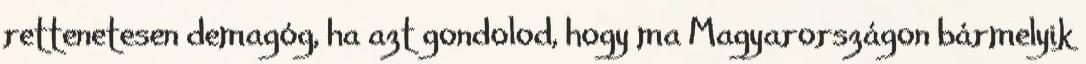
rettenetesen demagóg, ha azt gondolod, hogy ma Magyarországon bármelyik